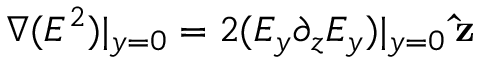
\boldsymbol { \nabla } ( E ^ { 2 } ) | _ { y = 0 } = 2 ( E _ { y } \partial _ { z } E _ { y } ) | _ { y = 0 } \: \mathbf { \hat { z } }